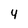
Character: 4